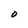
Character: O